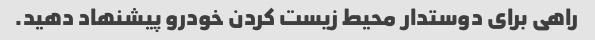
راهی برای دوستدار محیط زیست کردن خودرو پیشنهاد دهید.